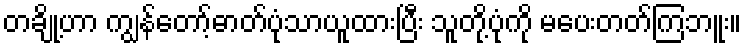
တချို့ဟာ ကျွန်တော့်ဓာတ်ပုံသာယူထားပြီး သူတို့ပုံကို မပေးတတ်ကြဘူး။